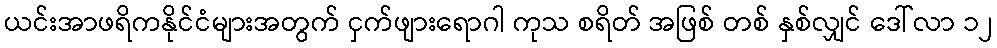
ယင်းအာဖရိကနိုင်ငံများအတွက် ငှက်ဖျားရောဂါ ကုသ စရိတ် အဖြစ် တစ် နှစ်လျှင် ဒေါ်လာ ၁၂